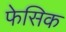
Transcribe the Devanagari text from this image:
फेसिक